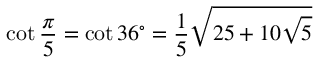
\cot { \frac { \pi } { 5 } } = \cot 3 6 ^ { \circ } = { \frac { 1 } { 5 } } { \sqrt { 2 5 + 1 0 { \sqrt { 5 } } } }